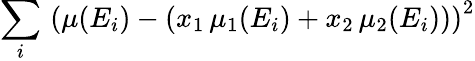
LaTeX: \sum_{i}\, \left(\mu(E_{i})-(x_{1}\, \mu_{1}(E_{i})+x_{2}\, \mu_{2}(E_{i}))\right)^{2}